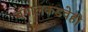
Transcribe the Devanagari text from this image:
बंगालकडचेही